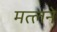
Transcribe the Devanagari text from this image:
मत्लने